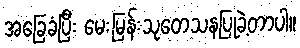
အခြေခံပြီး မေးမြန်းသုတေသနပြုခဲ့တာပါ။